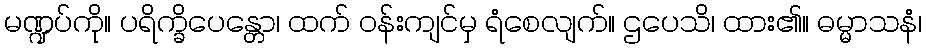
မဏ္ဍပ်ကို။ ပရိက္ခိပေန္တော၊ ထက် ဝန်းကျင်မှ ရံစေလျက်။ ဌပေသိ၊ ထား၏။ ဓမ္မာသနံ၊